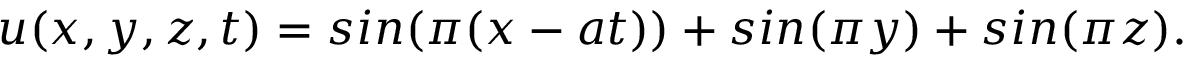
u ( x , y , z , t ) = s i n ( \pi ( x - a t ) ) + s i n ( \pi y ) + s i n ( \pi z ) .